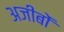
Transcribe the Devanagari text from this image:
अजीबों